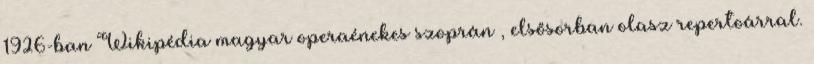
1926-ban Wikipédia magyar operaénekes szoprán , elsősorban olasz repertoárral.